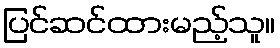
ပြင်ဆင်ထားမည့်သူ။